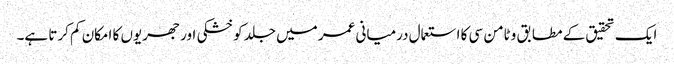
ایک تحقیق کے مطابق وٹامن سی کا استعمال درمیانی عمر میں جلد کو خشکی اور جھریوں کا امکان کم کرتا ہے۔